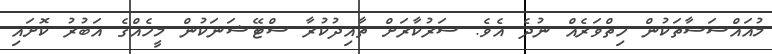
މުއައްސަސާތަކުން ހިތްވަރެއް ނުދެ އެވެ. ސަރުކާރަށް ތާއިދުކުރާ ސްޓޭޝަނަކުން މީހެއްގެ އަބުރު ކޮށައި